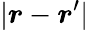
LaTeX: |\boldsymbol{r}-\boldsymbol{r}^{\prime}|